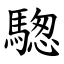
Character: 騘